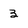
Character: 3